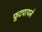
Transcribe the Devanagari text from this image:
फूटपाथने